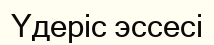
Үдеріс эссесі